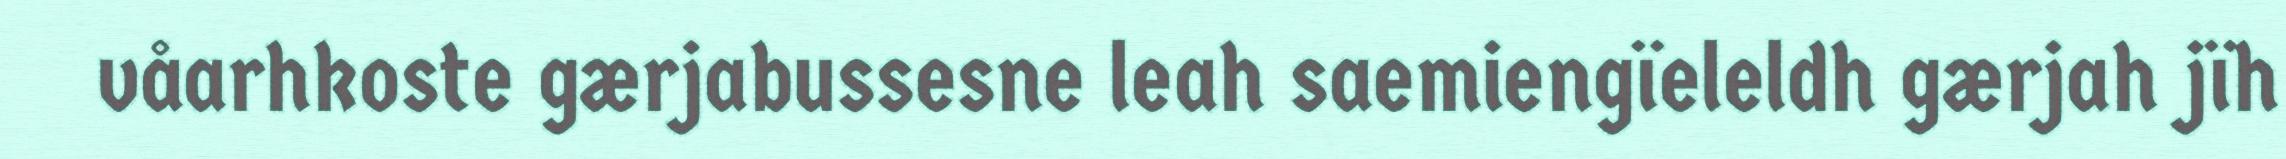
våarhkoste gærjabussesne leah saemiengïeleldh gærjah jïh